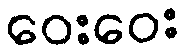
ဝေးဝေး